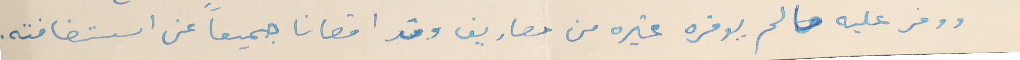
ووفر عليه ما لم يوفره غيره من مصاريف وقد اقصانا جميعاً عن استضافته.